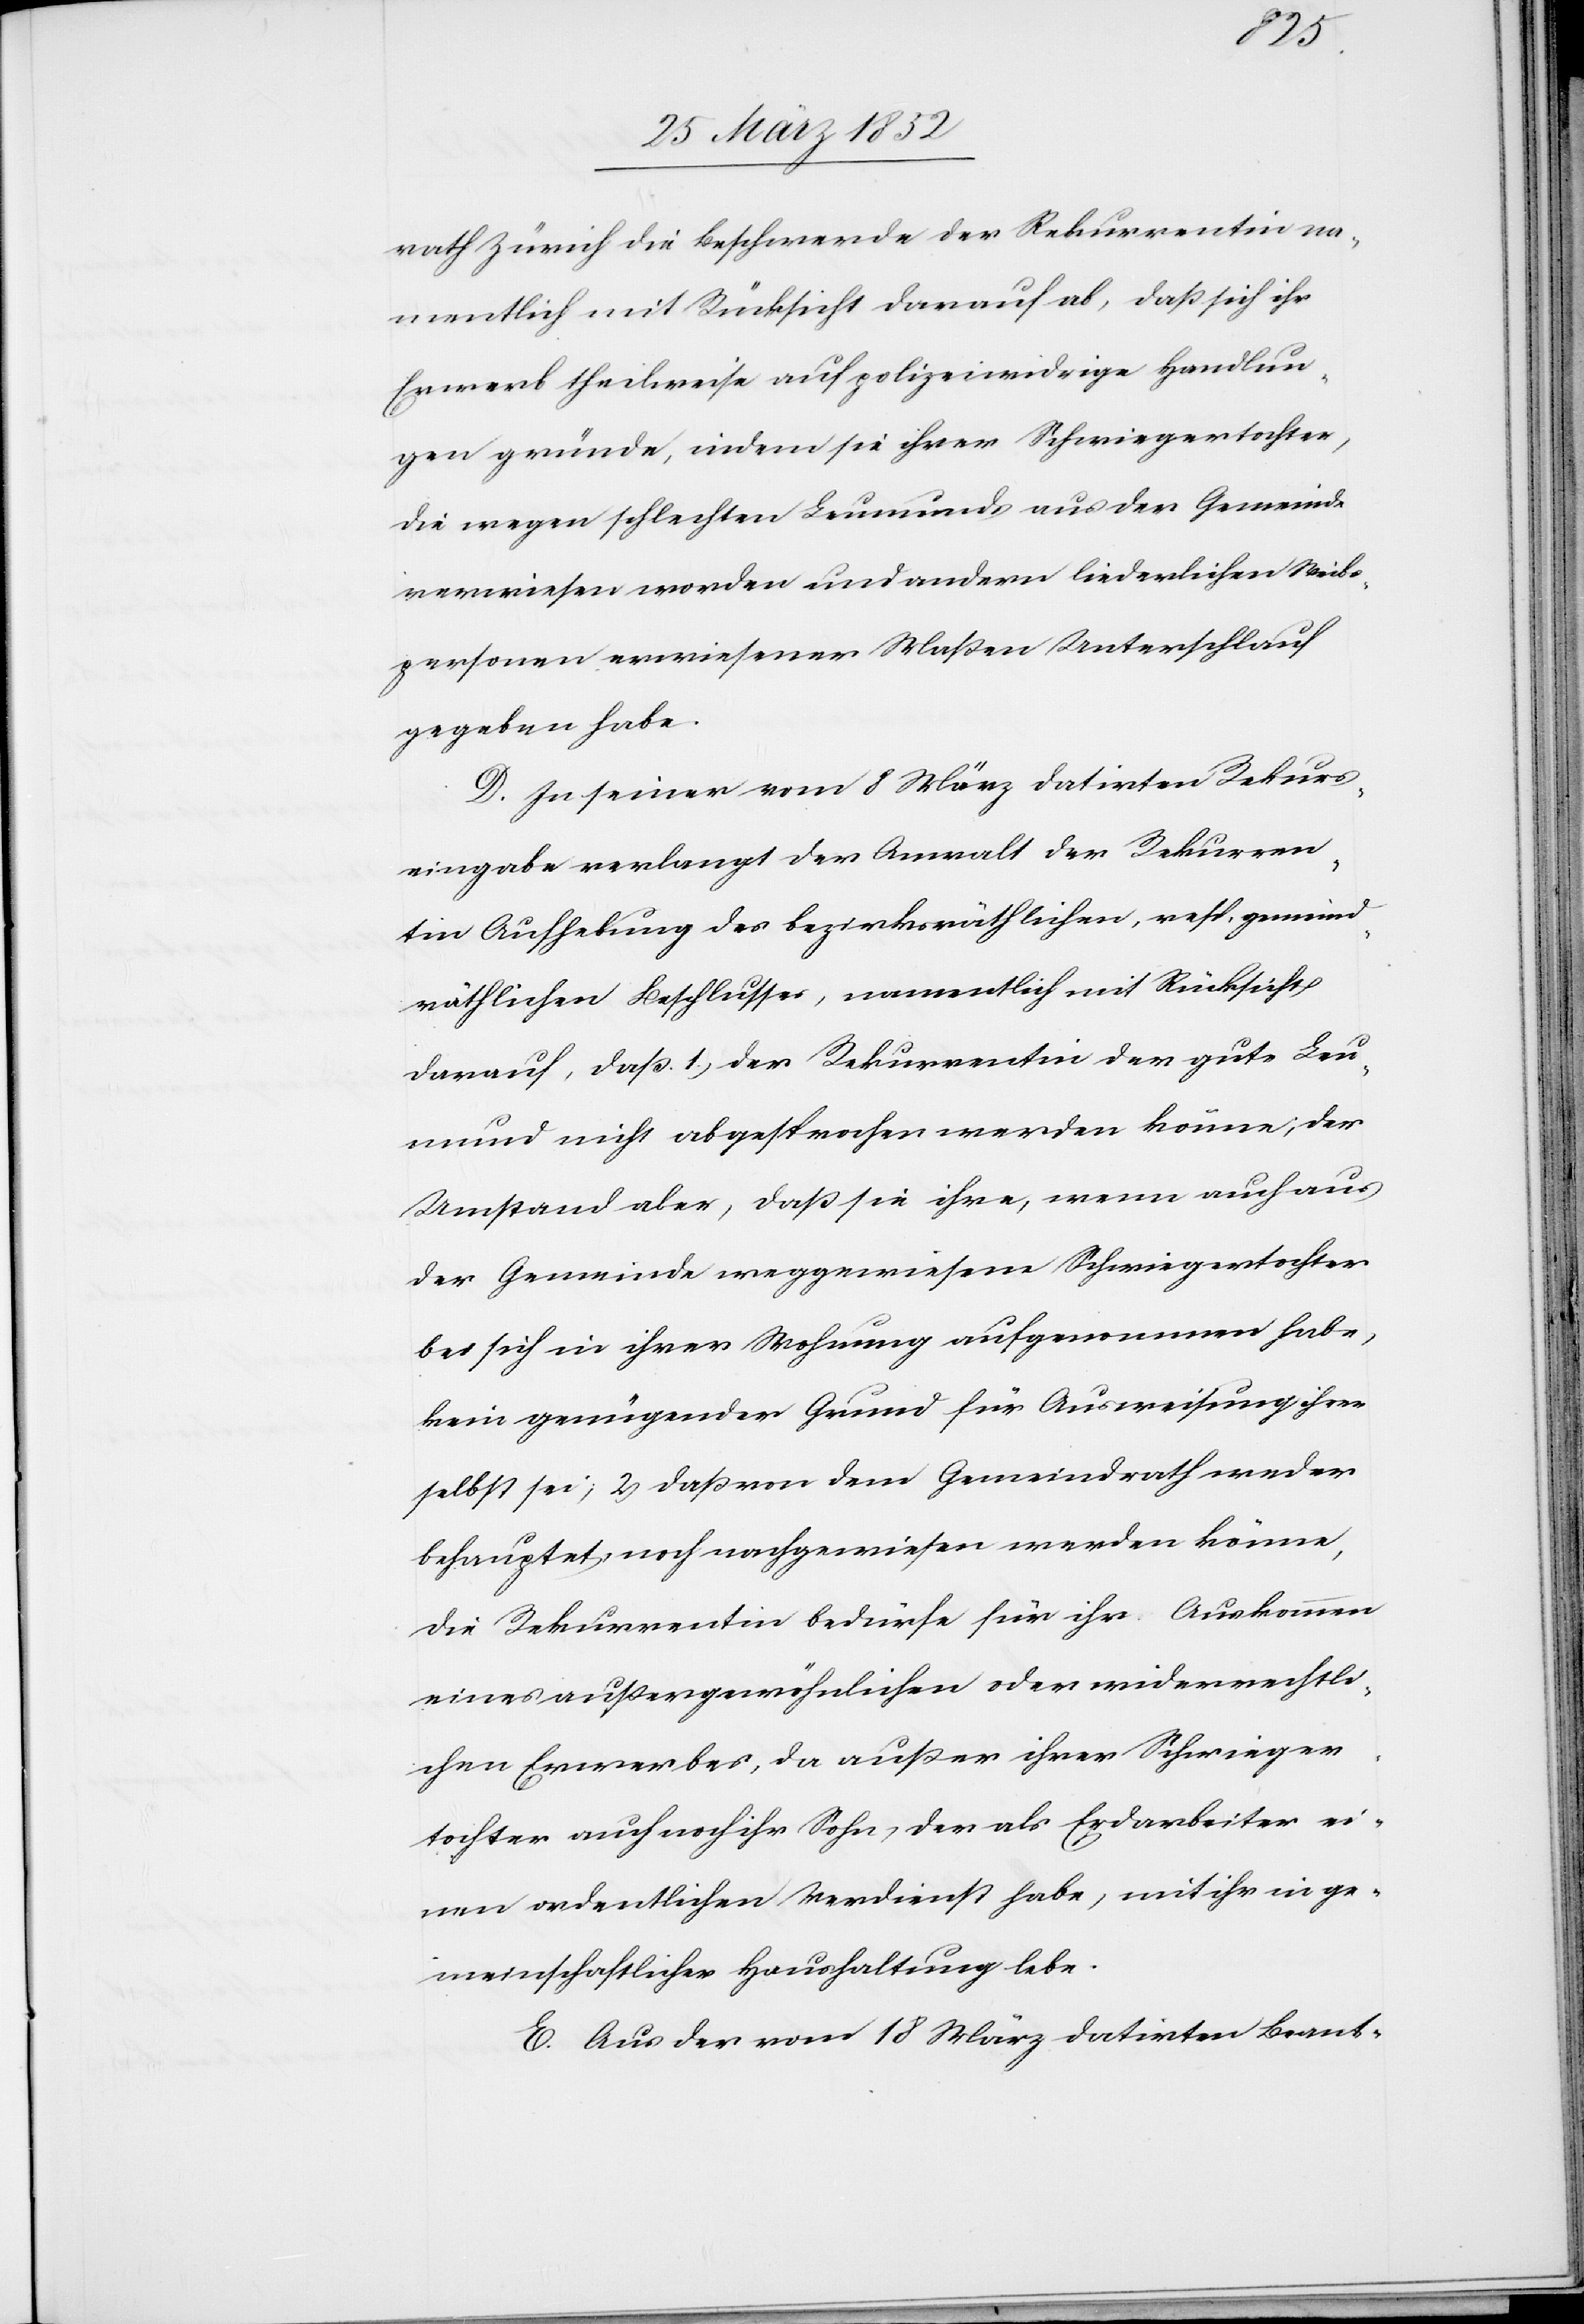
rath Zürich die Beschwerde der Rekurrentin na¬
mentlich mit Rücksicht darauf ab, daß sich ihr
Erwerb theilweise auf polizeiwidrige Handlun¬
gen gründe, indem sie ihrer Schwiegertochter,
die wegen schlechten Leumunds aus der Gemeinde
verwiesen worden und andern liederlichen Weibs¬
personen erwiesener Maßen Unterschlupf
gegeben habe.
D. In seiner vom 8 März datirten Rekurs¬
eingabe verlangt der Anwalt der Rekurren¬
tin Aufhebung des bezirksräthlichen, resp. gemeind¬
räthlichen Beschlusses, namentlich mit Rücksicht
darauf, daß 1) der Rekurrentin der gute Leu¬
mund nicht abgesprochen werden könne, der
Umstand aber, daß sie ihre, wenn auch aus
der Gemeinde weggewiesene Schwiegertochter
bei sich in ihrer Wohnung aufgenommen habe,
kein genügender Grund für Ausweisung ihrer
selbst sei, 2) daß von dem Gemeindrath weder
behauptet, noch nachgewiesen werden könne,
die Rekurrentin bedürfe für ihr Auskommen
eines außergewöhnlichen oder widerrechtli¬
chen Erwerbes, da außer ihrer Schwieger¬
tochter auch noch ihr Sohn, der als Erdarbeiter ei¬
nen ordentlichen Verdienst habe, mit ihr in ge¬
meinschaftlicher Haushaltung lebe.
E. Aus der vom 18 März datirten Beant-